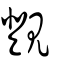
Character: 覴